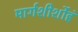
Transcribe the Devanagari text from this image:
मार्गशीर्शोहं